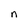
Character: n